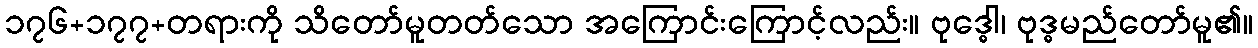
၁၇၆+၁၇၇+တရားကို သိတော်မူတတ်သော အကြောင်းကြောင့်လည်း။ ဗုဒ္ဓေါ၊ ဗုဒ္ဓမည်တော်မူ၏။